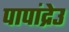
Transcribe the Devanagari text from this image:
पापांद्रेउ